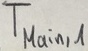
Text: TMain,1